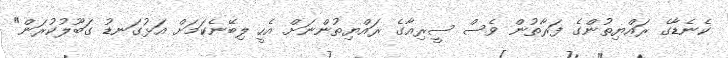
ކެނެޑާގެ ރައްޔިތުންގެ ފަރާތުން ވެސް ސީރިއާގެ ރައްްޔިތުންނަށް އެހީ ލިބޭނެކަމަށް އަޅުގަނޑު ގަބޫލުކުރަން"